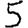
Digit: 5